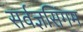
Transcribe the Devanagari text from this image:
सर्वज्ञसिंगम